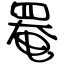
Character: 罨